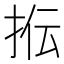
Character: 𰓠